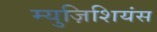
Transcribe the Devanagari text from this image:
म्युज़िशियंस